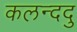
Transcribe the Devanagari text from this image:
कलन्ददु